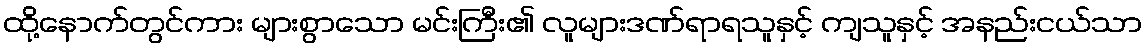
ထို့နောက်တွင်ကား များစွာသော မင်းကြီး၏ လူများဒဏ်ရာရသူနှင့် ကျသူနှင့် အနည်းငယ်သာ